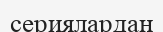
сериялардан